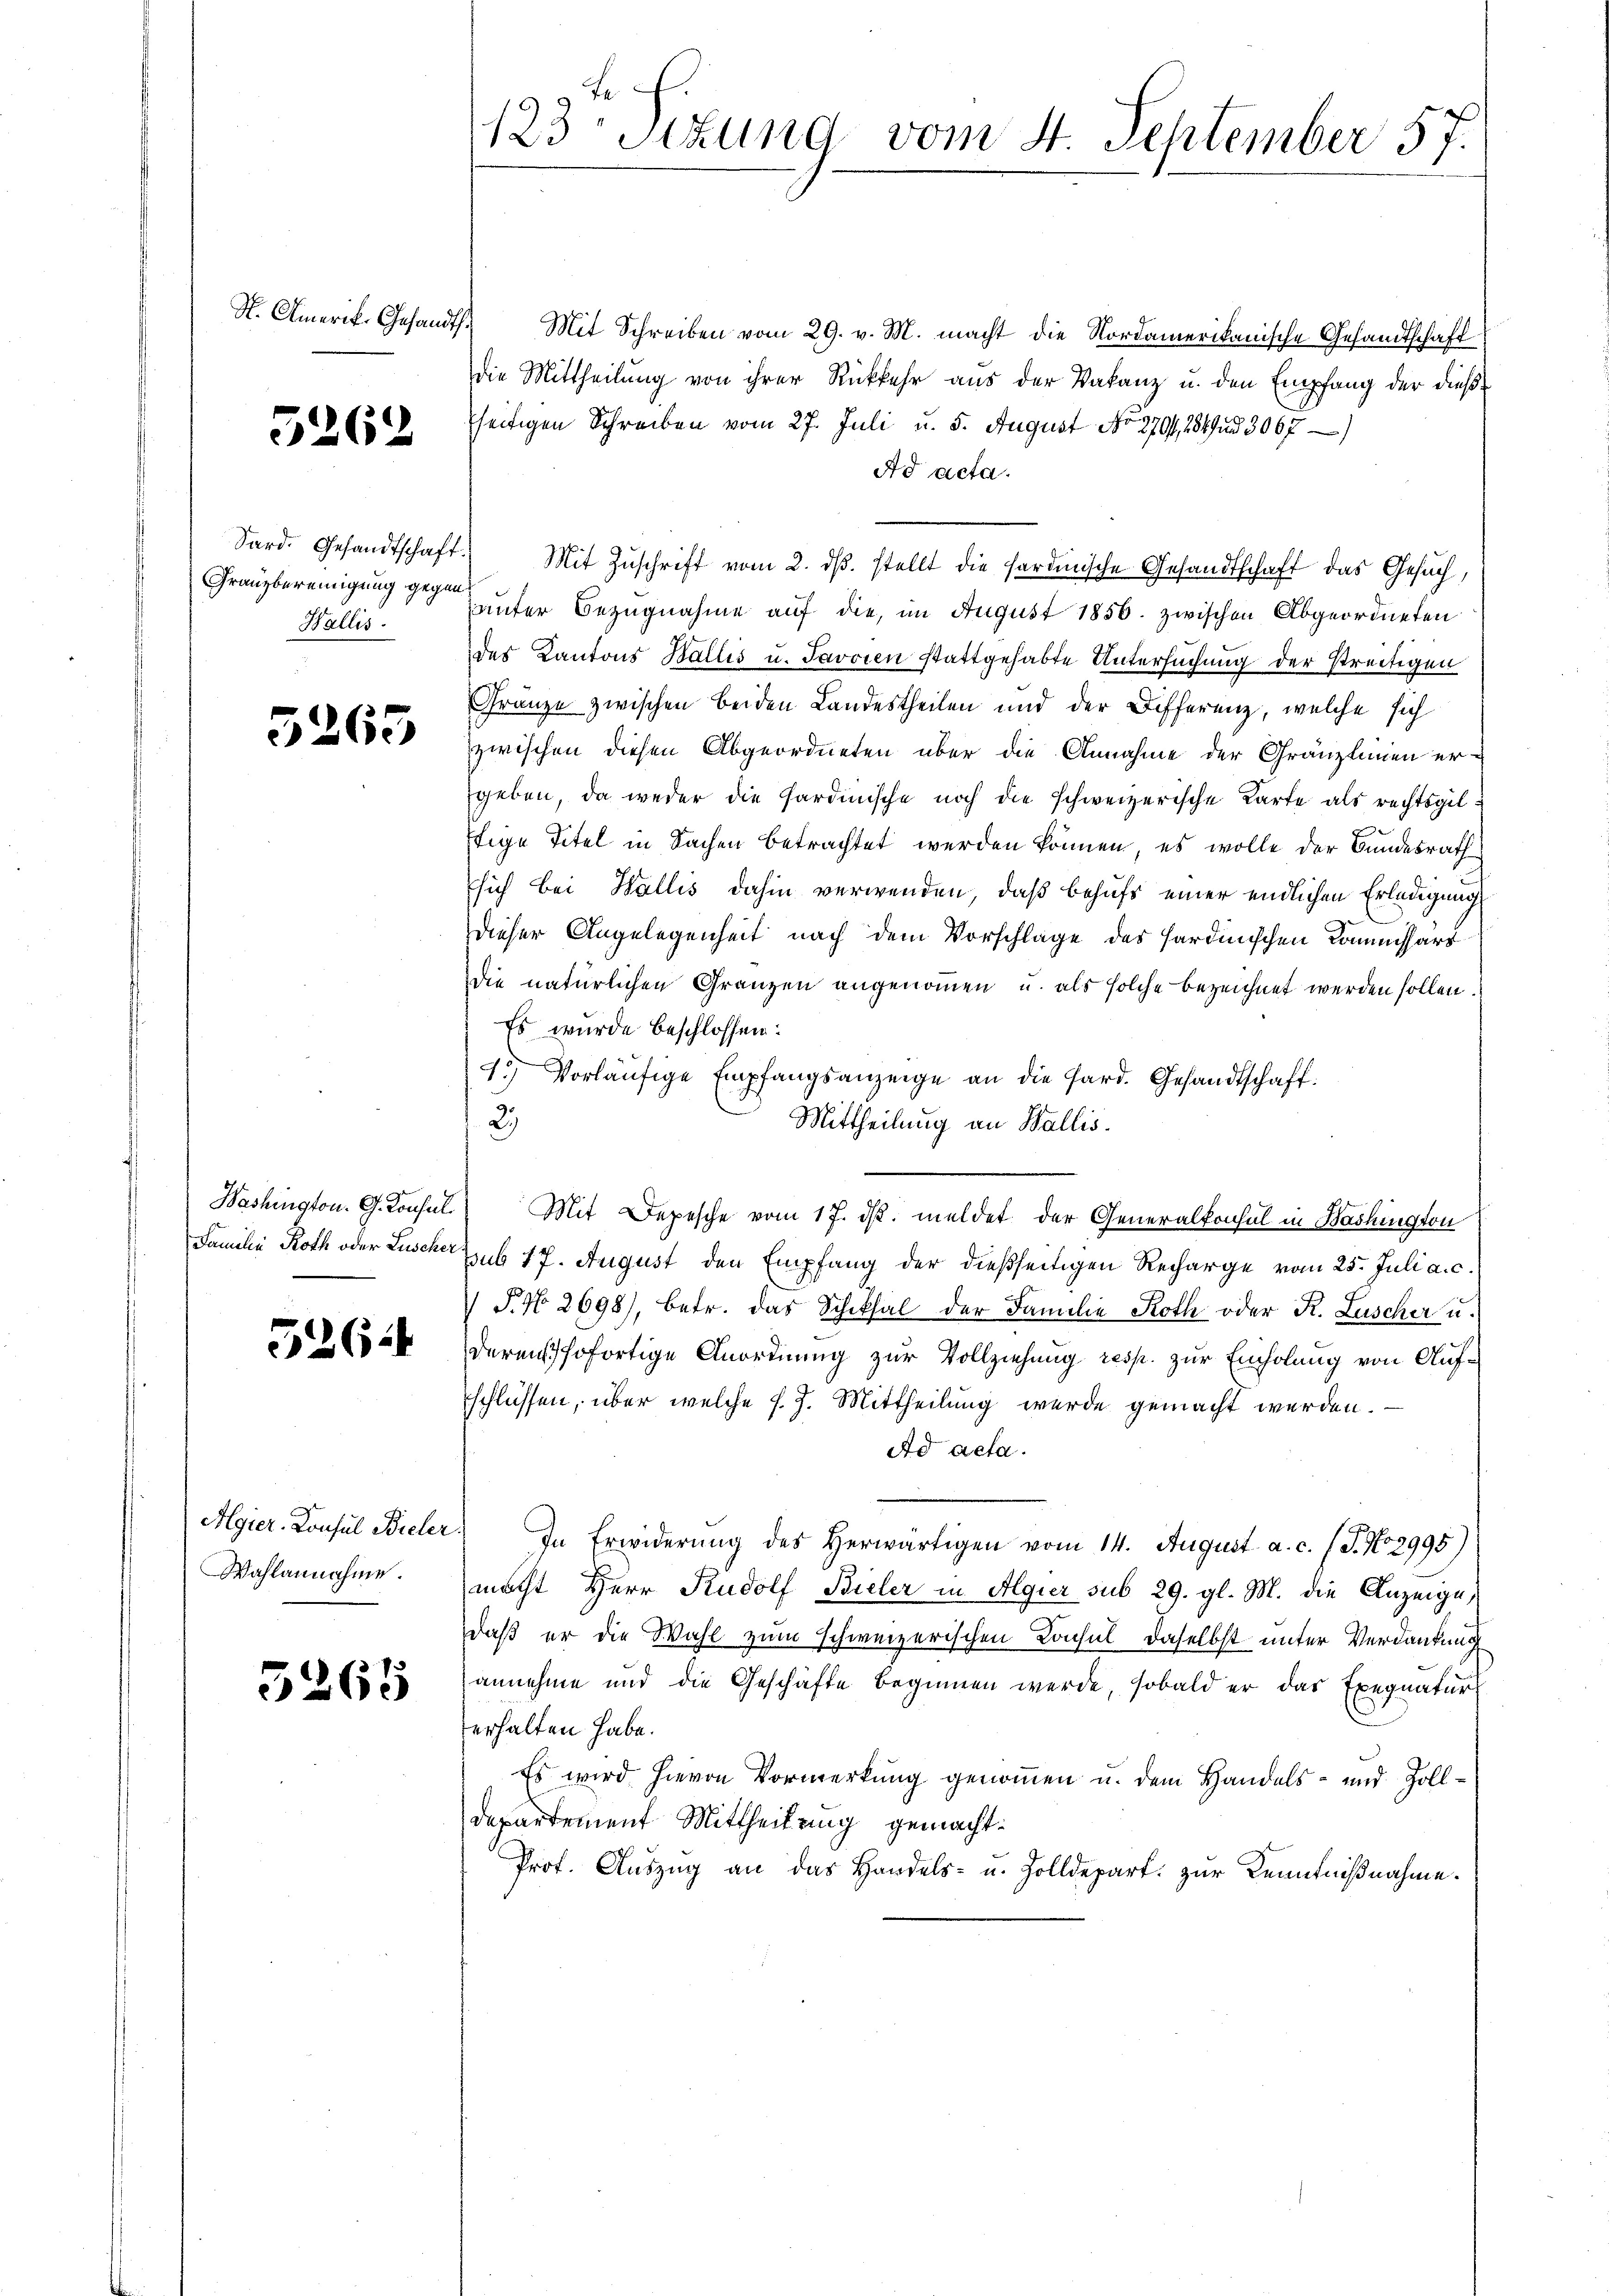
St. Amerik- Gesandt.

5262

Sard. Gesandtschaft.
Franzbereinigung gegen
Wallis.

5265

Washington. G. Konsul

52624

Algier. Konsul Bieler.
Wahlannahme.

5268

123 Stzung vom 4. September 57.

Mit Schreiben vom 29. v. M. macht die Nordamerikanische Gesandtschaft
die Mittheilung von ihrer Rückkehr aus der Vakanz u. den Empfang der dießseitigen Schreiben vom 27. Juli u. 5. August No 270, 284 u. 3067 —
Ad acta.
) Mit Zŭschrift vom 2. dβ. stellt die Sardinische Gesandtschaft das Gesuch,
unter Bezugnahme auf die, im August 1856. zwischen Abgeordneten
des Kantons Wallis u. Javoren stattgehabte Untersuchung der streitigen
Gränze zwischen beiden Landestheilen und der Differenz, welche sich
zwischen diesen Abgeordneten über die Annahme der Gränzleinen er-
geben, da weder die Sardinische noch die schweizerische Karte als rechtsgelftige Titel in Sachen betrachtet werden können, es wolle der Bundesrath
sich bei Wallis dahin verwenden, daß behufs einer endlichen Erledigung
Dieser Angelegenheit nach dem Vorschlage des Hardinischen Kommissärs
die natürlichen Gränzen angenommen u. als solche bezeichnet werden sollen.
Es wurde beschlossen:
1.) Vorläufige Empfangsanzeige an die Sard. Gesandtschaft.
2)
Mittheilung an Wallis.
Mit Depesche vom 17. ds. meldet der Generalkonsul in Bashington
Familie Roth oder Zuscher sub 17. August den Empfang der dießseitigen Recharge vom 25. Juli a. c.
 P. N. 2698), betr. das Schiksal der Familie Roth oder K. Lüscher u.
derens sofortige Anordnung zur Vollziehung resp. zur Einholung von Aufschlüssen, über welche f. 7. Mittheilung werde gemacht werden.
Ad acta.
In Erwiderung des herwärtigen vom 14. August a. c. (T. No 2995)
macht Herr Rudolf Bieler in Algier sub 29. gl. M. die Anzeige,
daß er die Wahl zum schweizerischen Konsul daselbst unter Verdankung
annehme und die Geschäfte beginnen werde, sobald er das Exequatur
erhalten habe.
Es wird hievon Vormerkung genommen u. dem Handels- und Zoll¬
Departement Mittheilung gemacht:
Prot. Auszug an das Handels- u. Zolldepart. zur Kenntnißnahme.